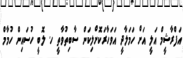
އަފްރާޝީމް އަލީ އަށް ހަމަލާދީ އަވަހާރަކޮށްލިކަން ސާބިތުވާތީ ހ. ލޮބީ ހުސައިން ހުމާމް